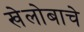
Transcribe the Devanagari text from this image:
खेलोबाचे